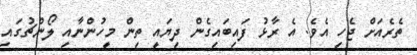
ތެރެއަށް ޖެހި އެވެ. އެ ރާޅު ފައިބަައިގެން ދިޔައީ ތިން މީހުންނާއި ލޯންޗުގައި